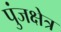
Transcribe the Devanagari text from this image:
पुंजक्षेत्र